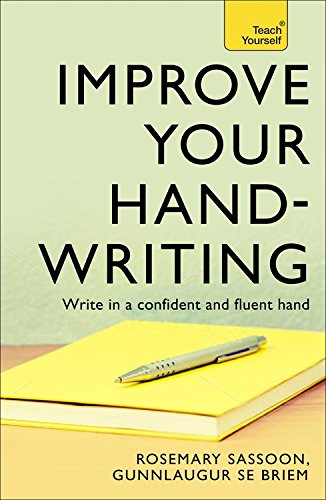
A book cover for Improve Your Handwriting (Teach Yourself); Rosemary Sassoon; Reference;